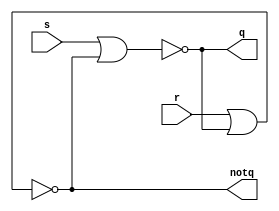
module sr_latch
(
    input s,
    input r,
    output q,
    output notq
);

    nor(q, s, notq);
    nor(notq, r, q);
    
endmodule